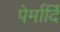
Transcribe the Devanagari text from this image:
पेर्मार्दि